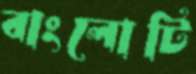
বাংলোটি